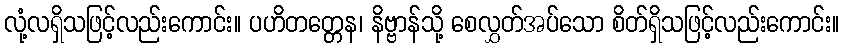
လုံ့လရှိသဖြင့်လည်းကောင်း။ ပဟိတတ္တေန၊ နိဗ္ဗာန်သို့ စေလွှတ်အပ်သော စိတ်ရှိသဖြင့်လည်းကောင်း။